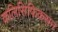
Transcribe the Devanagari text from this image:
कलिसिफिकसन